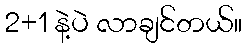
2+1 နဲ့ပဲ လာချင်တယ်။